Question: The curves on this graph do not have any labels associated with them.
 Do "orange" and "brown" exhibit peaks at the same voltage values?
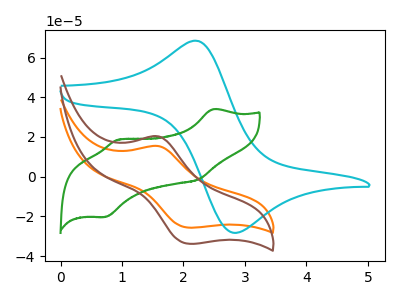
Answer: <think>The orange curve "orange" has an anodic peak at (1.60V, 15.45uA) and a cathodic peak at (2.10V, -25.65uA). The cyan curve "cyan" has an anodic peak at (2.25V, 68.25uA) and a cathodic peak at (2.85V, -28.30uA). The green curve "green" has anodic peaks at (2.50V, 33.95uA) (0.95V, 18.65uA) and cathodic peaks at (2.25V, -1.25uA) (0.75V, -20.25uA). The brown curve "brown" has an anodic peak at (1.60V, 20.35uA) and a cathodic peak at (2.10V, -33.75uA).</think>
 <answer>Yes, "orange" have a peak in "brown" at the same potential.</answer>
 <eval>match</eval>